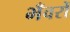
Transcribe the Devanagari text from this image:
भँवरों